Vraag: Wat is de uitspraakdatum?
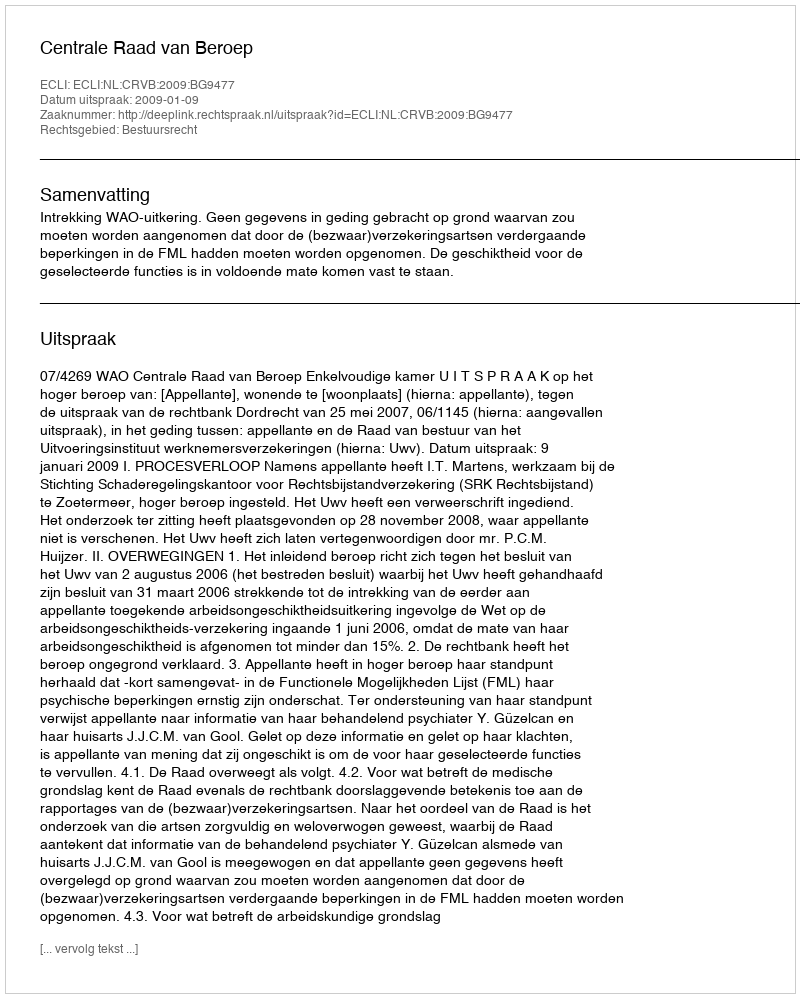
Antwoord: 2009-01-09